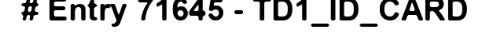
# Entry 71645 - TD1_ID_CARD